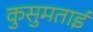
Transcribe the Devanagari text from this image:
कुसुमताई